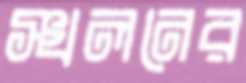
স্খলনের